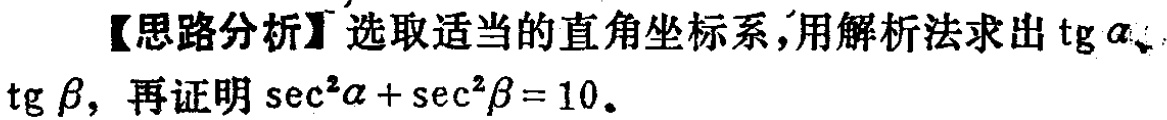
【思路分析】选取适当的直角坐标系，用解析法求出\(\tg\alpha\)、\(\tg\beta\)，再证明\(\sec^{2}\alpha+\sec^{2}\beta = 10\)。